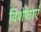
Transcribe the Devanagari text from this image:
विशेष्ताएँ